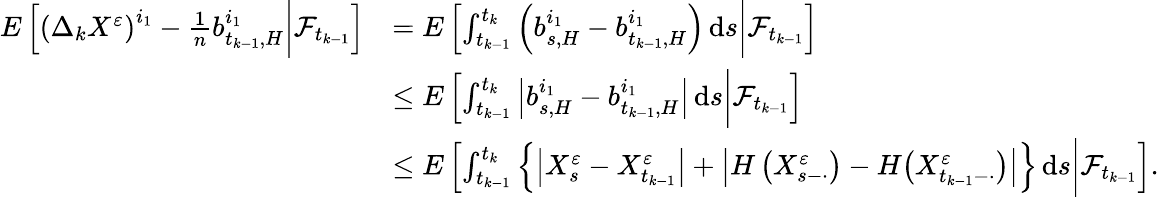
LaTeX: \begin{array}{rl}{E\left[\left(\Delta_{k}X^{\varepsilon}\right)^{i_{1}}-\frac{1}{n}b_{t_{k-1},H}^{i_{1}}\bigg|\mathcal{F}_{t_{k-1}}\right]}&{=E\left[\int_{t_{k-1}}^{t_{k}}\left(b_{s,H}^{i_{1}}-b_{t_{k-1},H}^{i_{1}}\right)\, \mathrm{d}s\bigg|\mathcal{F}_{t_{k-1}}\right]}\\ &{\leq E\left[\int_{t_{k-1}}^{t_{k}}\left|b_{s,H}^{i_{1}}-b_{t_{k-1},H}^{i_{1}}\right|\, \mathrm{d}s\bigg|\mathcal{F}_{t_{k-1}}\right]}\\ &{\leq E\left[\int_{t_{k-1}}^{t_{k}}\left\{ \left|X_{s}^{\varepsilon}-X_{t_{k-1}}^{\varepsilon}\right|+\left|H\left(X_{s-\cdot}^{\varepsilon}\right)-H\big(X_{t_{k-1}-\cdot}^{\varepsilon}\big)\right|\right\} \, \mathrm{d}s\bigg|\mathcal{F}_{t_{k-1}}\right].}\end{array}